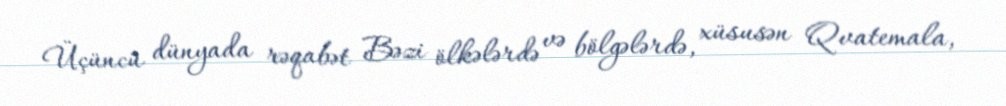
Üçüncü dünyada rəqabət Bəzi ölkələrdə və bölgələrdə, xüsusən Qvatemala,